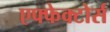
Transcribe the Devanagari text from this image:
एफ्फेक्टोर्स